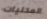
المحليات